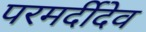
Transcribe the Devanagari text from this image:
परमर्दीदेव